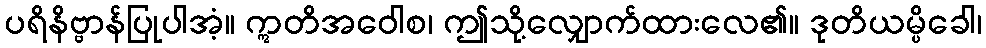
ပရိနိဗ္ဗာန်ပြုပါအံ့။ ဣတိအဝေါစ၊ ဤသို့လျှောက်ထားလေ၏။ ဒုတိယမ္ပိခေါ၊